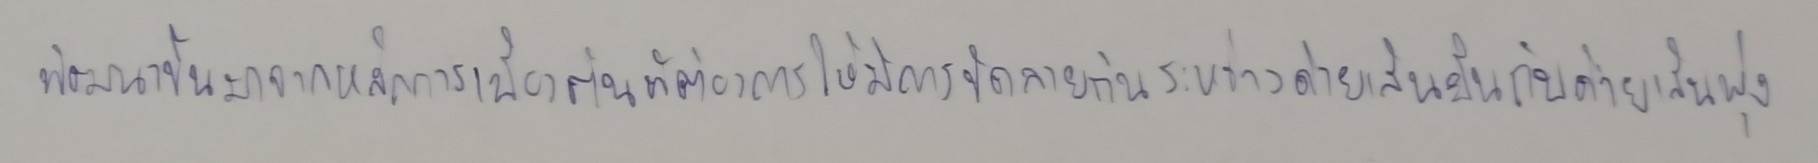
พัฒนาขึ้นมาจากหลักการเบื้องต้นที่ต้องการให้มีการขัดลายกันระหว่างด้ายเส้นยืนกับด้ายเส้นพุ่ง